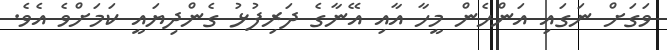
ވަގަށް ނަގައި އަންހެން މީހާ އާއި އޭނާގެ ދަރިފުޅު ގެންދިޔައީ ކަމަށްވެ އެވެ.